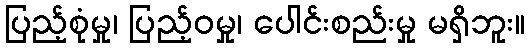
ပြည့်စုံမှု၊ ပြည့်ဝမှု၊ ပေါင်းစည်းမှု မရှိဘူး။